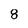
Character: 8